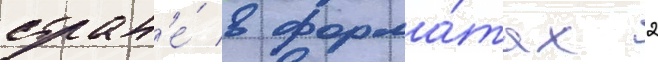
стран'е́ в форма́тах 2